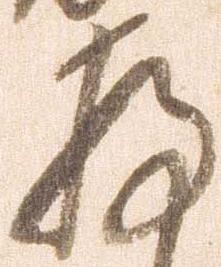
存